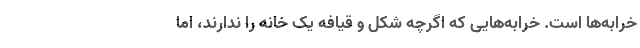
خرابه‌ها است. خرابه‌هایی که اگرچه شکل و قیافه یک خانه را ندارند، اما